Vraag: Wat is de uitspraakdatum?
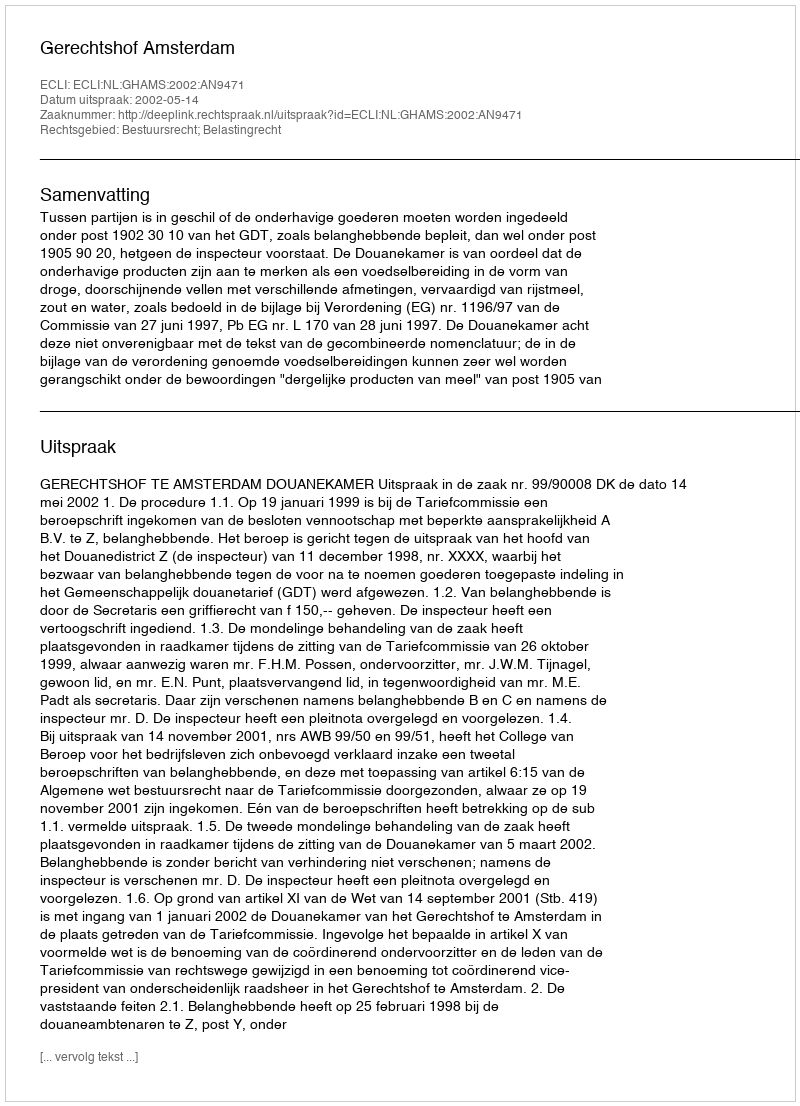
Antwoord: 2002-05-14